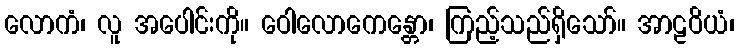
လောကံ၊ လူ အပေါင်းကို။ ဝေါလောကေန္တော၊ ကြည့်သည်ရှိသော်။ အာဠဝိယံ၊